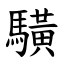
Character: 䮲